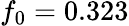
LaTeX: f_{0}=0.323